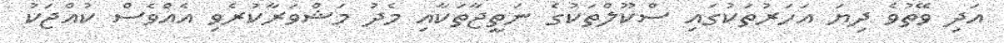
އަދި ވޭތުވެ ދިޔަ އަހަރުތަކުގައި ސްކޫލްތަކުގެ ނަތީޖާތަކާއި މެދު މަޝްވަރާކުރެވި އެއްވެސް ކުއްޖަކު